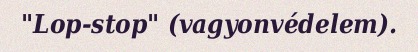
"Lop-stop" (vagyonvédelem).